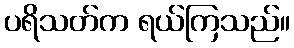
ပရိသတ်က ရယ်ကြသည်။